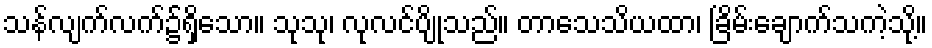
သန်လျက်လက်၌ရှိသော။ သုသု၊ လုလင်ပျိုသည်။ တာသေသိယထာ၊ ခြိမ်းချောက်သကဲ့သို့။